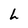
Character: h